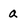
Character: a